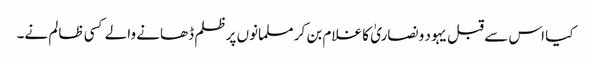
کیا اس سے قبل یہود و نصاریٰ کا غلام بن کر مسلمانوں پرظلم ڈھانے والے کسی ظالم نے۔